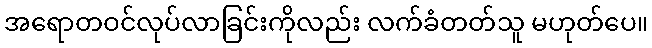
အရောတဝင်လုပ်လာခြင်းကိုလည်း လက်ခံတတ်သူ မဟုတ်ပေ။